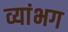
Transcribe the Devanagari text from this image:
व्यांभग